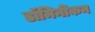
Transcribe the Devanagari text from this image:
डॉमिनीकन